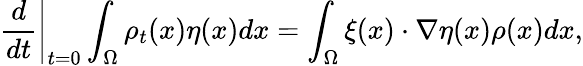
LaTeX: \left.\frac{d}{dt}\right|_{t=0}\int_{\Omega}\rho_{t}(x)\eta(x)dx=\int_{\Omega}\xi(x)\cdot\nabla\eta(x)\rho(x)dx,